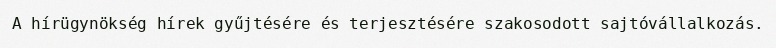
A hírügynökség hírek gyűjtésére és terjesztésére szakosodott sajtóvállalkozás.